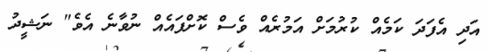
އަދި އެފަދަ ކަމެއް ކުރުމަށް އަމުރެއް ވެސް ކޮށްފައެއް ނުވާނެ އެވެ" ނަޝީދު